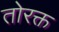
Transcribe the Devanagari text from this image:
तोरक्त